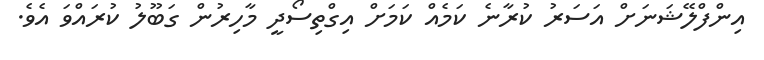
އިންފްލޭޝަނަށް އަަސަރު ކުރާނެ ކަމެއް ކަމަށް އިގްތިސޯދީ މާހިރުން ގަބޫލު ކުރައްވަ އެވެ.